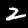
Label: 2